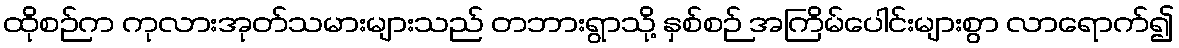
ထိုစဉ်က ကုလားအုတ်သမားများသည် တဘားရွာသို့ နှစ်စဉ် အကြိမ်ပေါင်းများစွာ လာရောက်၍